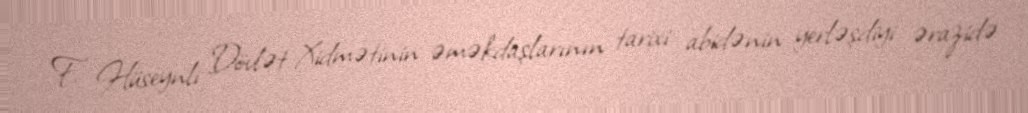
F. Hüseynli Dövlət Xidmətinin əməkdaşlarının tarixi abidənin yerləşdiyi ərazidə